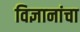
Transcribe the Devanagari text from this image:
विज्ञानांचा